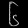
Digit: ၆